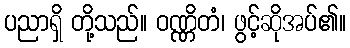
ပညာရှိ တို့သည်။ ဝဏ္ဏိတံ၊ ဖွင့်ဆိုအပ်၏။